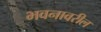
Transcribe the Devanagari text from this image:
भवनावरील